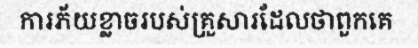
ការភ័យខ្លាចរបស់គ្រួសារដែលថាពួកគេ